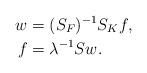
LaTeX: \begin{align*}w & =(S_F)^{-1}S_K f, \\ f & =\lambda^{-1}Sw. \end{align*}